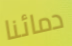
دمائنا